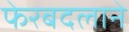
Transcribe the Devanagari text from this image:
फेरबदलाने